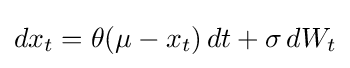
dx_{t}=\theta (\mu -x_{t})\,dt+\sigma \,dW_{t}